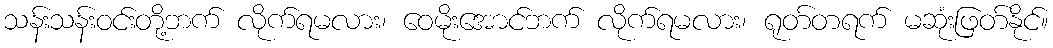
သန်းသန်းဝင်းတို့ဘက် လိုက်ရမလား၊ ဝေမိုးအောင်ဘက် လိုက်ရမလား၊ ရုတ်တရက် မဆုံးဖြတ်နိုင်။